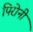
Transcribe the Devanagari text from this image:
पिरोनी